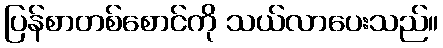
ပြန်စာတစ်စောင်ကို သယ်လာပေးသည်။